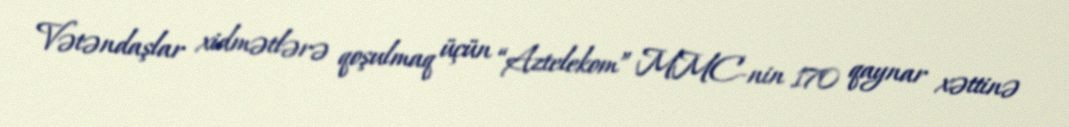
Vətəndaşlar xidmətlərə qoşulmaq üçün “Aztelekom” MMC-nin 170 qaynar xəttinə